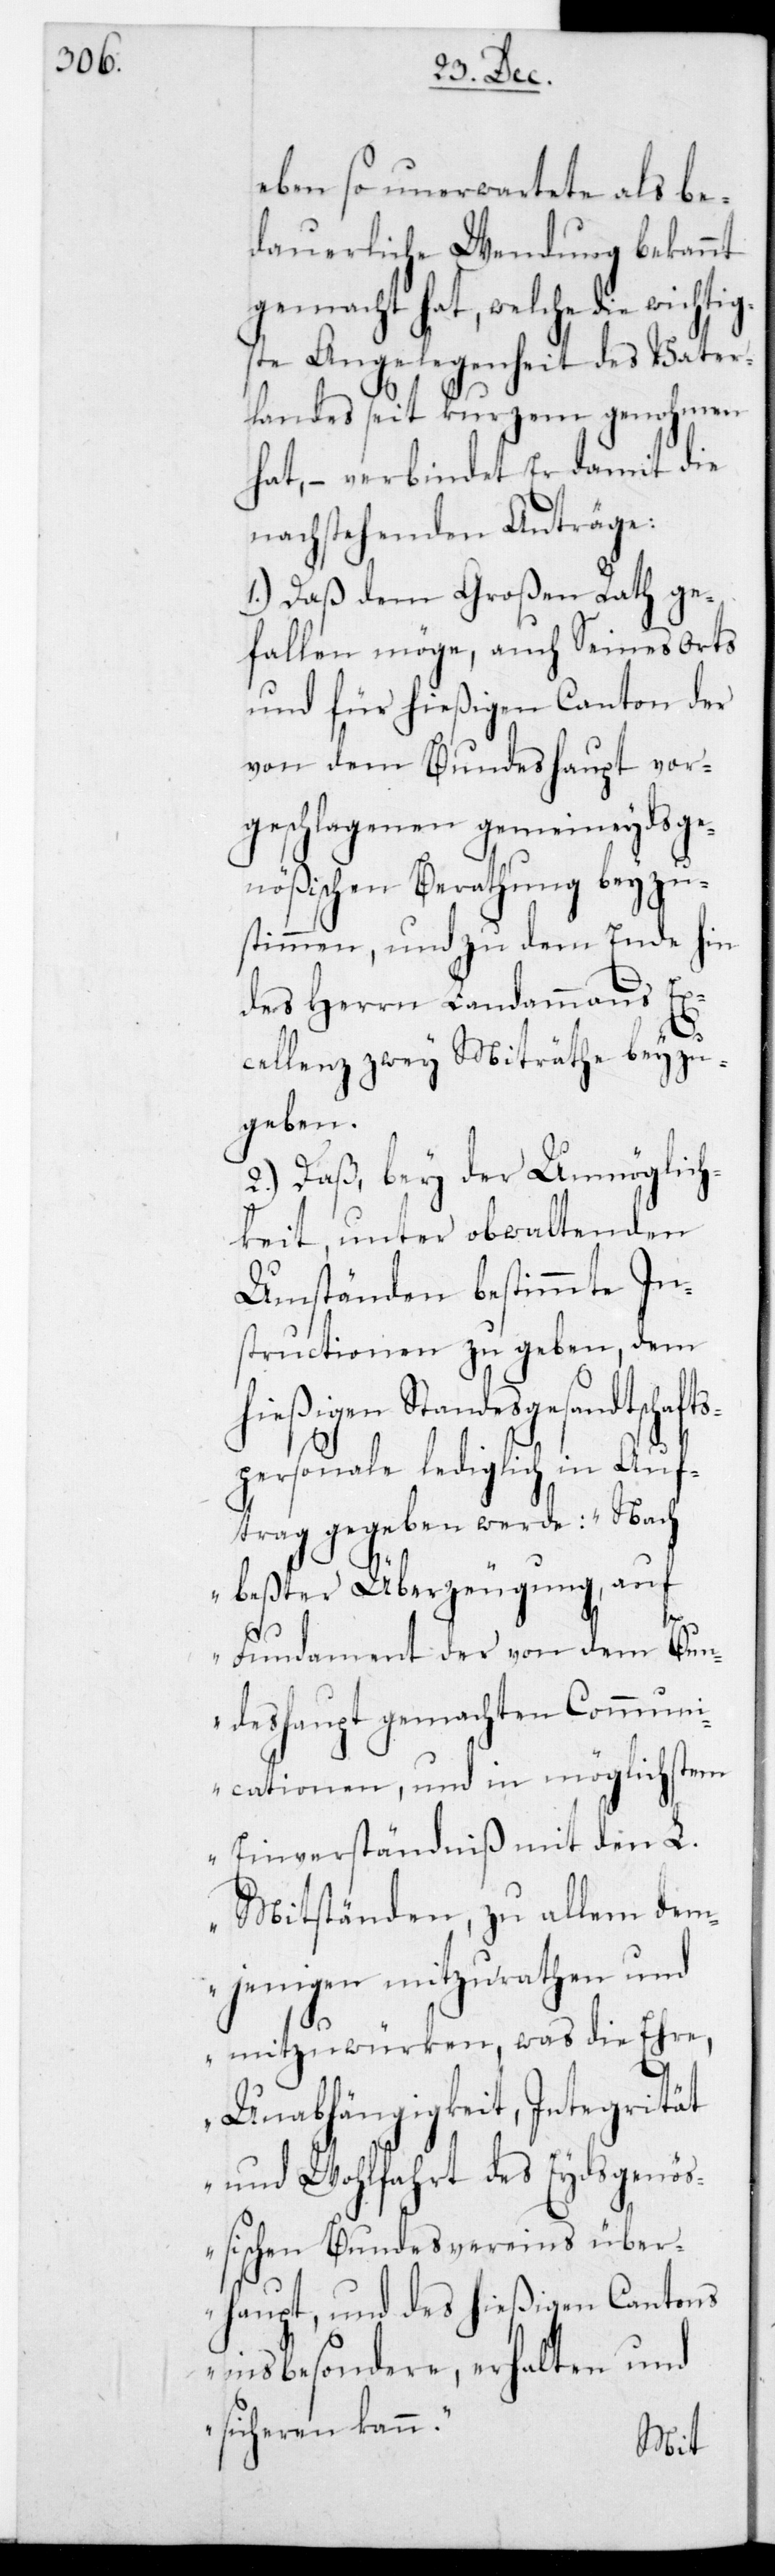
eben so unerwartete als be¬
dauerliche Wendung bekannt
gemacht hat, welche die wicht¬
ste Angelegenheit des Vater¬
landes seit Kurzem genohmen
hat, – verbindet er damit die
nachstehenden Anträge:
1.) Daß dem Großen Rath ge¬
fallen möge, auch Seines Orts
und für hießigen Canton der
von dem Bundeshaupt vor¬
geschlagenen gemeineydsge¬
nößischen Berathung beyzu¬
stimmen, und zu dem Ende hin
des Herrn Landammanns Ex¬
cellenz zwey Miträthe beyzu¬
geben.
2.) Daß, bey der Unmöglich¬
keit, unter obwaltenden
Umständen bestimmte In¬
structionen zu geben, dem
ießigen Standesgesandtscha¬
personale lediglich in Auf¬
trag gegeben werde: „Nach
fts¬
bester Überzeugung, auf
Fundament der von dem Bun¬
deshaupt gemachten Communi¬
cationen, und in möglichstem
Einverständniß mit den L.
Mitständen, zu allem dem¬
jenigen mitzurathen und
mitzuwürken, was die Ehre,
Unabhängigkeit, Integrität
und Wohlfahrt des Eydsgenöß¬
ischen Bundesvereins über¬
haupt, und des hießigen Cantons
insbesondere, erhalten und
sicheren kann“.